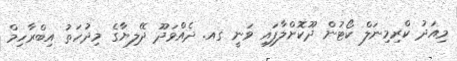
މިއަދު ކްރިމިނަލް ކޯޓުން ދޫކޮށްލާފައި ވަނީ ގއ. ދެއްވަދޫ ދޭލިޔާގެ މިދުހަތު އިބްރާހިމް